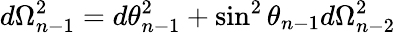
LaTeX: d\Omega_{n-1}^{2}=d\theta_{n-1}^{2}+\sin^{2}\theta_{n-1}d\Omega_{n-2}^{2}